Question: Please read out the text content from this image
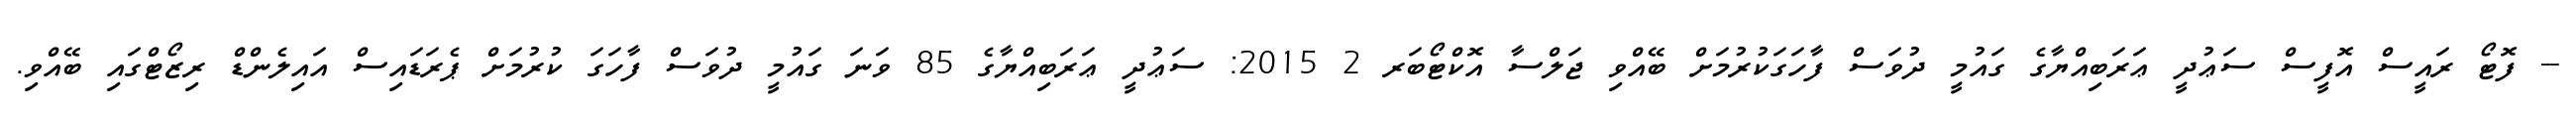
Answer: -- ފޮޓޯ ރައީސް އޮފީސް ސަޢުދީ ޢަރަބިއްޔާގެ ގައުމީ ދުވަސް ފާހަގަކުރުމަށް ބޭއްވި ޖަލްސާ އޮކްޓޯބަރ 2 2015: ސަޢުދީ ޢަރަބިއްޔާގެ 85 ވަނަ ގައުމީ ދުވަސް ފާހަގަ ކުރުމަށް ޕެރަޑައިސް އައިލެންޑް ރިޒޯޓްގައި ބޭއްވި.